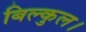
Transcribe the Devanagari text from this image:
बिल्कुल।